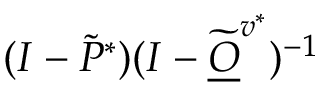
( I - \widetilde P ^ { * } ) ( I - \widetilde { \underline { O } } ^ { v ^ { * } } ) ^ { - 1 }